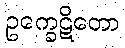
ဥက္ခေဋိတော